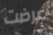
عرضت